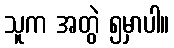
သူက အတွဲ ၅မှာပါ။